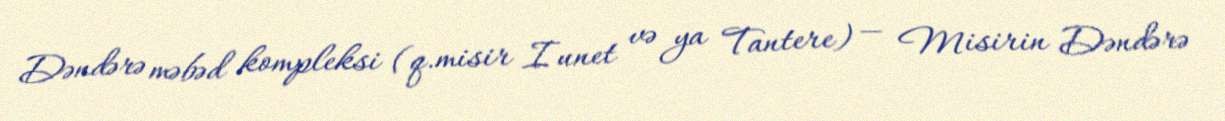
Dəndərə məbəd kompleksi (q.misir Iunet və ya Tantere) — Misirin Dəndərə